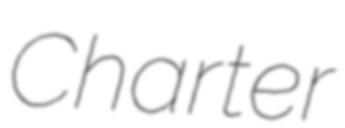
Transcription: Charter